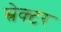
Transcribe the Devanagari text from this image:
स्रेक्टर